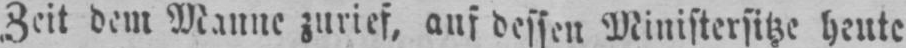
Zeit dem Manne zurief, auf dessen Ministersitze heute